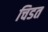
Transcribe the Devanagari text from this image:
चिडत